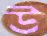
উ